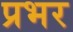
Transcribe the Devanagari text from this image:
प्रभर